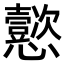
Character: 𫻢